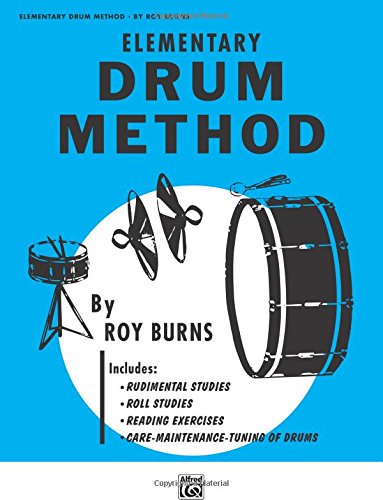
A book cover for Elementary Drum Method; Roy Burns; Teen & Young Adult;